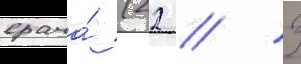
врача́ (22 / 3